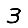
Digit: 3